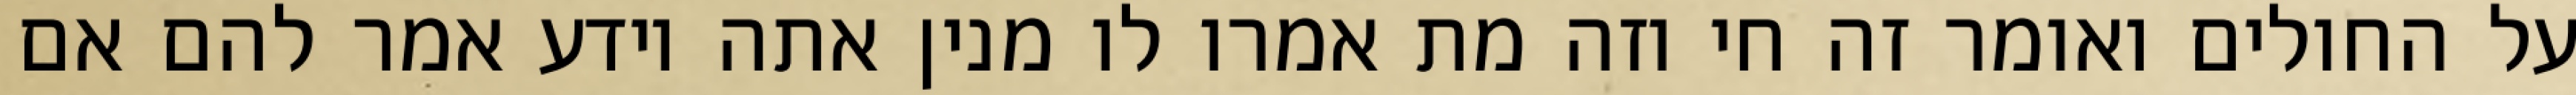
על החולים ואומר זה חי וזה מת אמרו לו מנין אתה יודע אמר להם אם